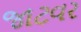
જાટવર